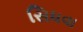
સિધવા